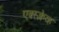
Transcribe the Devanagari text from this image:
एक्स्क्लेव्ह